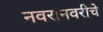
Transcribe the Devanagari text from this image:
नवरानवरीचे